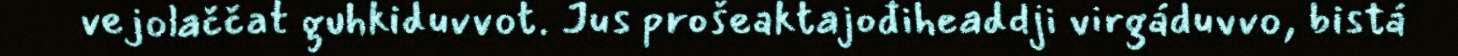
vejolaččat guhkiduvvot. Jus prošeaktajođiheaddji virgáduvvo, bistá